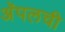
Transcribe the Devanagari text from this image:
अॅपलची